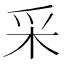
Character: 采